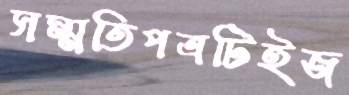
সম্মতিপত্রটিইজ